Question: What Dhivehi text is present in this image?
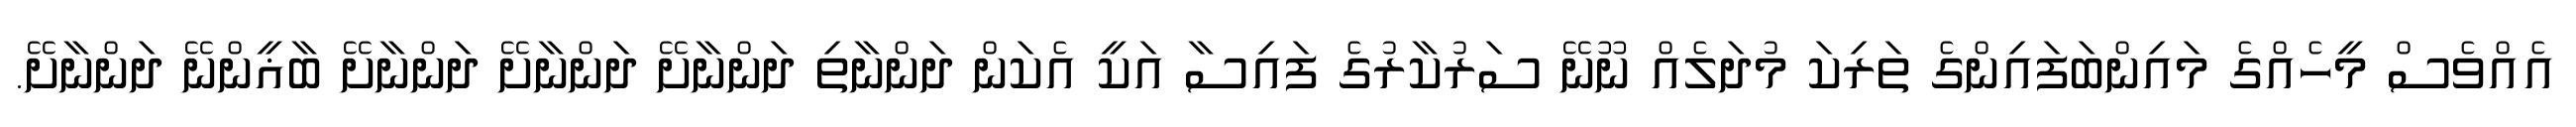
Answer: އެއްވެސް މީހެއްގެ މައިންބަފައިންގެ ތަރިކަ މުދަލެއް ނޫނޭ ސަރުކާރުގެ ފައިސާ އަކީ އެކަން ދަންނާތި ދަންނާށޭ ދަންނާށޭ ދަންނާށޭ ބާޣީންނޭ ދަންނާށޭ.